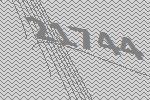
21744